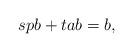
\begin{align*}spb+tab=b\text,\end{align*}